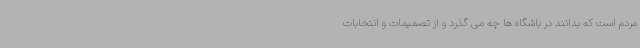
مردم است که بدانند در باشگاه ها چه می گذرد و از تصمیمات و انتخابات